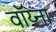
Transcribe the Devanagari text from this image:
वॉय्ना